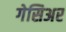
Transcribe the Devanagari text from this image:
गेसिअर